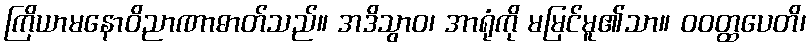
ကြိယာမနောဝိညာဏာဓာတ်သည်။ အဒိသွာဝ၊ အာရုံကို မမြင်မူ၏သာ။ ဝဝတ္ထပေတိ၊